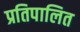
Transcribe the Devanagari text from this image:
प्रतिपालित